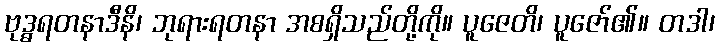
ဗုဒ္ဓရတနာဒီနိ၊ ဘုရားရတနာ အစရှိသည်တို့ကို။ ပူဇေတိ၊ ပူဇော်၏။ တဒါ၊